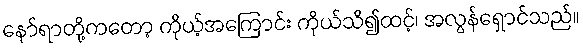
နော်ရာတို့ကတော့ ကိုယ့်အကြောင်း ကိုယ်သိ၍ထင့်၊ အလွန်ရှောင်သည်။